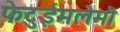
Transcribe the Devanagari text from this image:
फेटुईमलेमौ